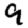
Digit: 9